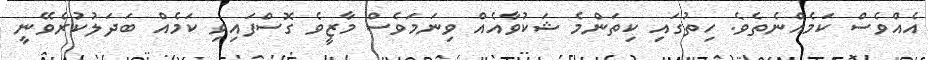
އެއްވެސް ކަމެއްނެތެވެ. ހިތުގައި ކިތަންމެ ޝަކުވާއެއް ވިނަމަވެސް މާޒީވެ ގޮސްފައިވި ކަމެއް ބަދަލުކުރެވޭނީ